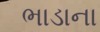
ભાડાના